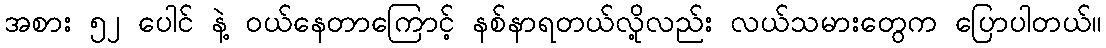
အစား ၅၂ ပေါင် နဲ့ ဝယ်နေတာကြောင့် နစ်နာရတယ်လို့လည်း လယ်သမားတွေက ပြောပါတယ်။